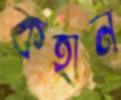
কহান